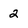
Character: 2